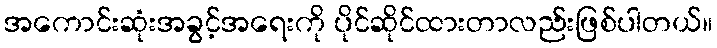
အကောင်းဆုံးအခွင့်အရေးကို ပိုင်ဆိုင်ထားတာလည်းဖြစ်ပါတယ်။